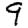
Digit: 9